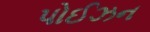
પોઈઝન